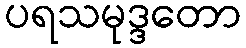
ပရသမုဒ္ဒတော